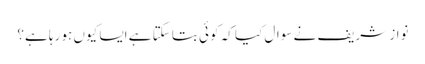
نواز شریف نے سوال کیا کہ کوئی بتا سکتا ہے ایسا کیوں ہو رہا ہے؟